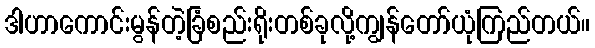
ဒါဟာကောင်းမွန်တဲ့ခြံစည်းရိုးတစ်ခုလို့ကျွန်တော်ယုံကြည်တယ်။